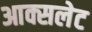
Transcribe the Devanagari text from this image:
आक्सलेट